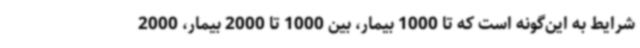
شرایط به این‌گونه است که تا 1000 بیمار، بین 1000 تا 2000 بیمار، 2000